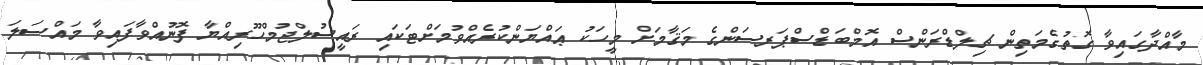
މާއްދާގައިވާ ގޮތުގެމަތިން ޗިލްޑްރަންސް އޮމްބަޑްސްޕަރސަންގެ މަޤާމަށް މީހަކު ޢައްޔަންކުރެއްވުމަށްޓަކައި ރައީސުލްޖުމްހޫރިއްޔާ ފޮނުއްވާފައިވާ މައްސަލަ